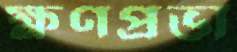
ক্ষণপ্রভা